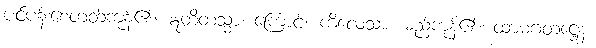
ပင်ပန်းစေတတ်ကုန်၏။ ဣတိတသ္မာ၊ ကြောင့်။ ကိလေသာ၊ မည်ကုန်၏။ ထာမဂတဋ္ဌေန၊